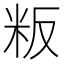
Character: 粄